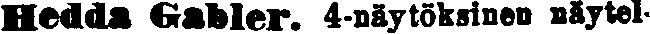
Hedda Gabler. 4-näytöksinen näytel-